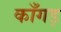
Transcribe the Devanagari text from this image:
काँगड़